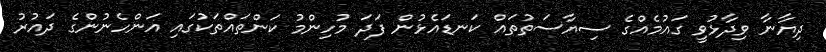
ދިޔާނާ ވިދާޅުވީ ގައުމެއްގެ ސިޔާސަތުތައް ކަނޑައެޅުން ފަދަ މުހިންމު ކަންތައްތަކުގައި އަންހެނުންގެ ދައުރު